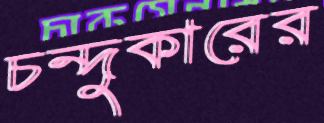
চন্দুকারের